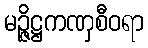
မဉ္ဇိဋ္ဌကဏှစီဝရာ